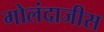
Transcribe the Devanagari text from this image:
गोलंदाजीस